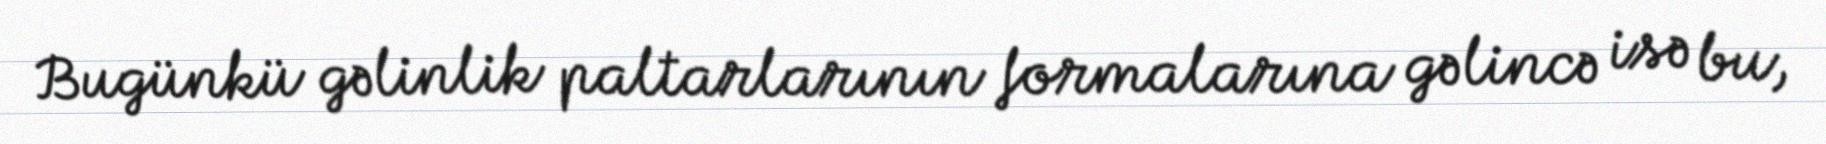
Bugünkü gəlinlik paltarlarının formalarına gəlincə isə bu,